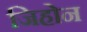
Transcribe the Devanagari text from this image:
जिहोन